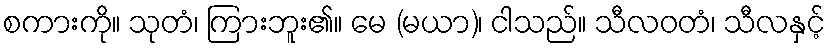
စကားကို။ သုတံ၊ ကြားဘူး၏။ မေ (မယာ)၊ ငါသည်။ သီလဝတံ၊ သီလနှင့်